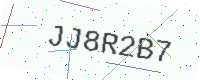
Text: JJ8R2B7